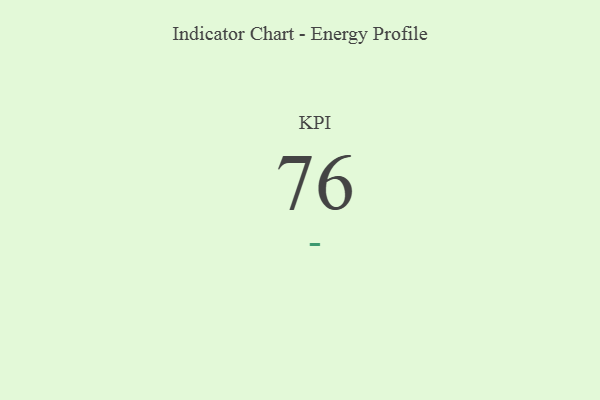
{"axis": {"x": "KPI", "y": "Value"}, "legend": [""], "data": [{"x": "KPI", "y": 76, "type": ""}]}